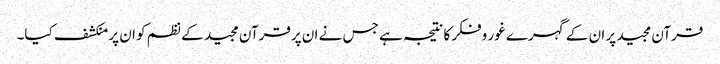
قرآن مجید پر ان کے گہرے غور وفکر کا نتیجہ ہے جس نے ان پرقرآن مجید کے نظم کو ان پر منکشف کیا۔